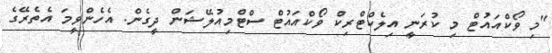
"މި ވޯކްއައުޓް މި ކުރަނީ އިލެކްޓްރިކް ވޯކްއައުޓް ސްޓްމިއުލޭޝަން ދީގެން. އެހެންވީމަ އެތެރޭގެ